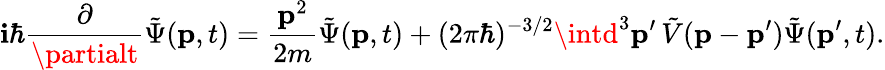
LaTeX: \mathbf{i}\hbar{\frac{{\partial}}{{\partialt}}}{\tilde{{\Psi}}}(\mathbf{{p}},t)={\frac{{\mathbf{{p}}^{2}}}{{2m}}}{\tilde{{\Psi}}}(\mathbf{{p}},t)+(2\pi\hbar)^{-3/2}\intd^{3}\mathbf{{p}}^{\prime}\, {\tilde{{V}}}(\mathbf{{p}}-\mathbf{{p}}^{\prime}){\tilde{{\Psi}}}(\mathbf{{p}}^{\prime},t).